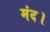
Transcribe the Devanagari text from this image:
मंद।